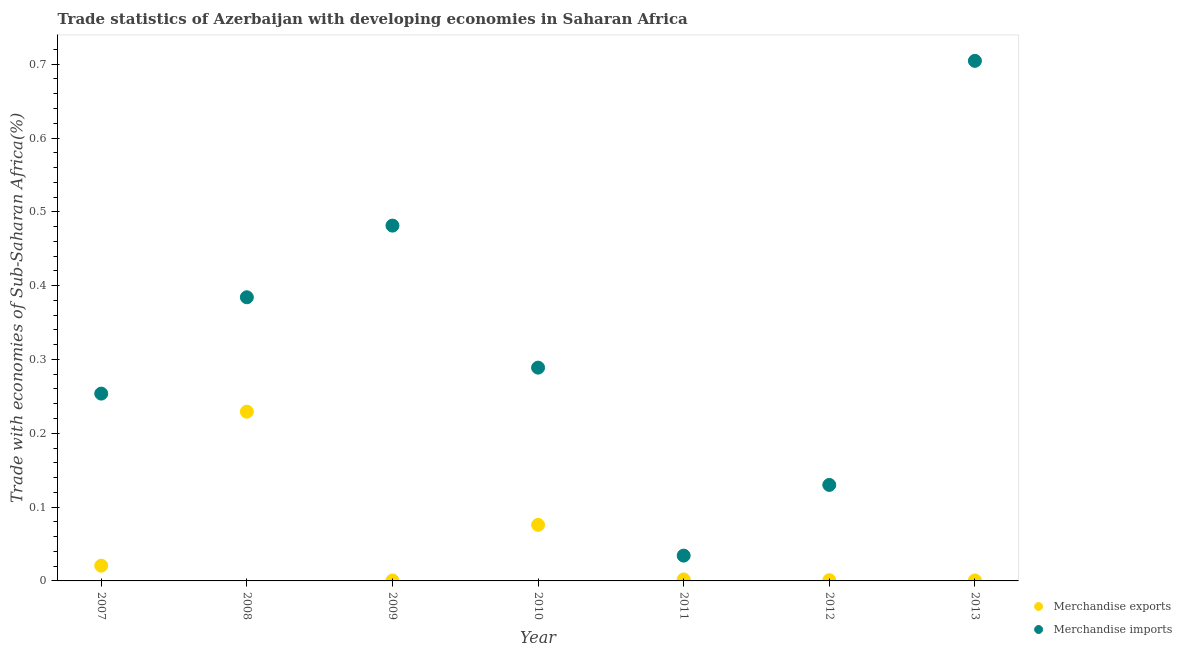
| Year | Merchandise exports | Merchandise imports |
 | --- | --- | --- |
 | 2007 | 0.0206 | 0.254 |
 | 2008 | 0.229 | 0.384 |
 | 2009 | 0.000592 | 0.481 |
 | 2010 | 0.0759 | 0.289 |
 | 2011 | 0.00198 | 0.0343 |
 | 2012 | 0.00098 | 0.13 |
 | 2013 | 0.000634 | 0.705 |